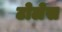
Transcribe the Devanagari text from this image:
टोलेस